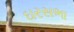
ઘરસભા